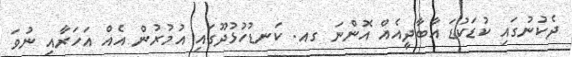
ދެކުނުގައި ކުޑަކުޑަ އާބާދީއެއް އޮންނަ ގއ. ކަނޑުހުޅުދޫގައި އުމުރުން އެއް އަހަރާއި ނުވަ